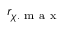
r _ { \chi . \mathrm { ~ m ~ a ~ x ~ } }